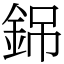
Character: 銱